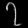
Digit: ၇